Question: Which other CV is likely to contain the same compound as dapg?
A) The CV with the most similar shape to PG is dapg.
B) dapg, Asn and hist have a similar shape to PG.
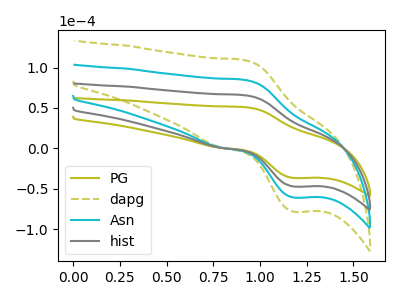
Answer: <think>The olive curve "PG" has an anodic peak at (0.90V, 51.00uA) and a cathodic peak at (1.20V, -36.65uA). The olive dashed curve "dapg" has an anodic peak at (0.90V, 197.10uA) and a cathodic peak at (1.20V, -141.65uA). The cyan curve "Asn" has an anodic peak at (0.90V, 131.40uA) and a cathodic peak at (1.20V, -94.40uA). The gray curve "hist" has an anodic peak at (0.90V, 65.70uA) and a cathodic peak at (1.20V, -47.20uA).
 All the peaks in "PG" have a peak in "dapg" at the same potential. Every peak in "PG" is lower than every peak in "dapg". All the peaks in "PG" have a peak in "Asn" at the same potential. Every peak in "PG" is lower than every peak in "Asn". All the peaks in "PG" have a peak in "hist" at the same potential. Every peak in "PG" is lower than every peak in "hist". All the peaks in "dapg" have a peak in "Asn" at the same potential. Every peak in "dapg" is higher than every peak in "Asn". All the peaks in "dapg" have a peak in "hist" at the same potential. Every peak in "dapg" is higher than every peak in "hist". All the peaks in "Asn" have a peak in "hist" at the same potential. Every peak in "Asn" is higher than every peak in "hist".</think>
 <answer>B) "dapg", "Asn" and "hist" have a similar shape to "PG".</answer>
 <eval>B</eval>